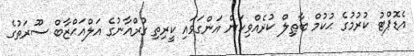
އެޑޮޕްޓު ކުރުމުގެ ޙުކުމް ބާޠިލް ކުރެއްވިކަން އަންގަވައި ކީރިތި ގުރްއާނުގެ އަލްއަޙްޒާބް ސޫރަތުގެ